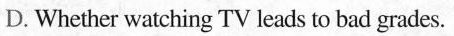
D. Whether watching TV leads to bad grades.